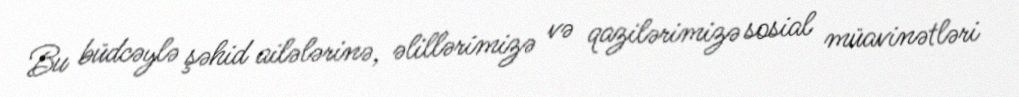
Bu büdcəylə şəhid ailələrinə, əlillərimizə və qazilərimizə sosial müavinətləri